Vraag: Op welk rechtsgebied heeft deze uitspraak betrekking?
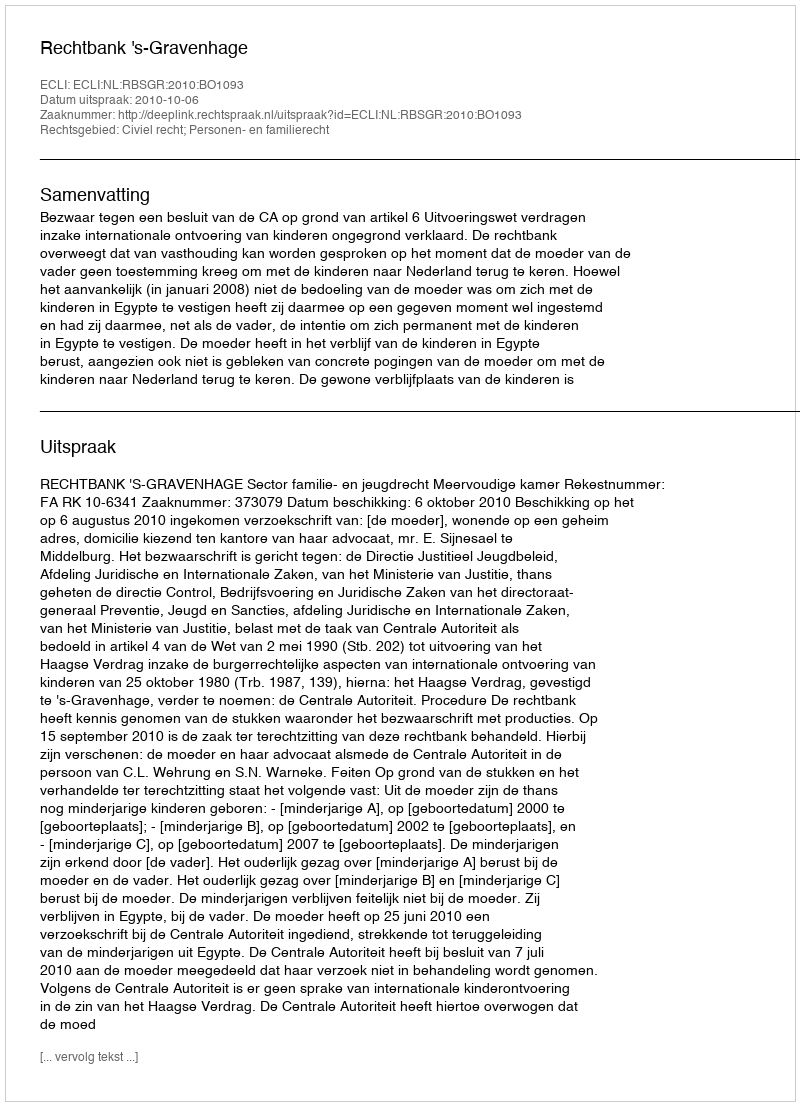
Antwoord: Civiel recht; Personen- en familierecht